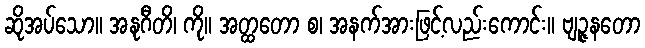
ဆိုအပ်သော။ အနုဂီတိ၊ ကို။ အတ္ထတော စ၊ အနက်အားဖြင့်လည်းကောင်း။ ဗျဉ္ဇနတော